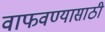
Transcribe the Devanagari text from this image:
वाफवण्यासाठी